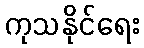
ကုသနိုင်ရေး